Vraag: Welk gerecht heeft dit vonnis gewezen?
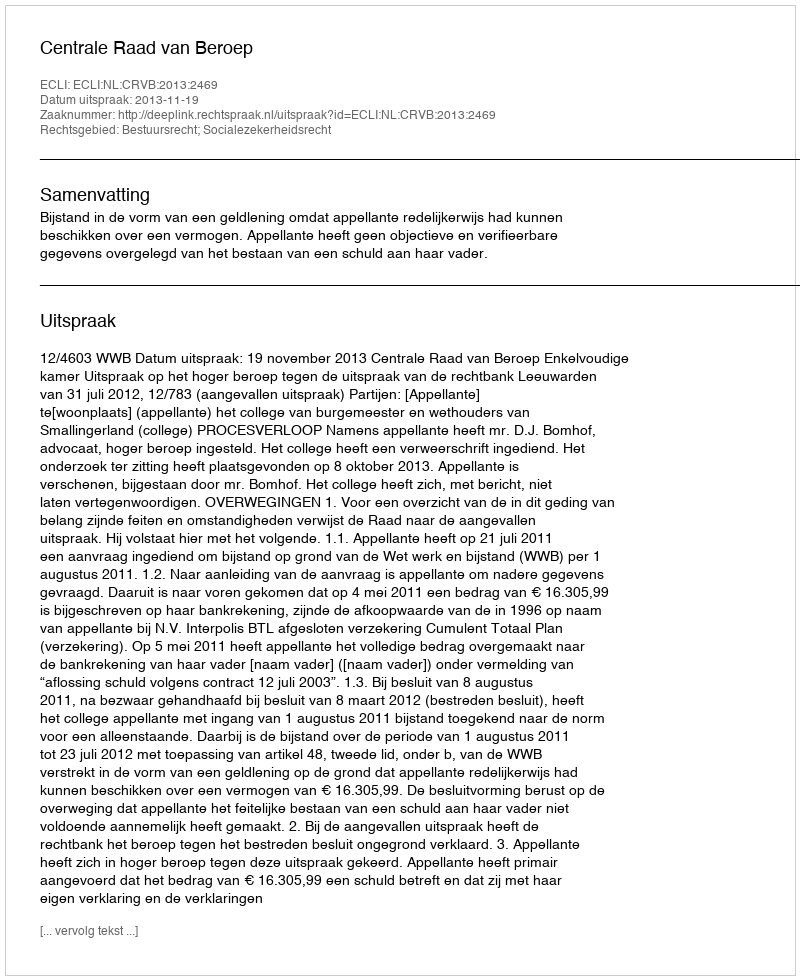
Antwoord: Centrale Raad van Beroep